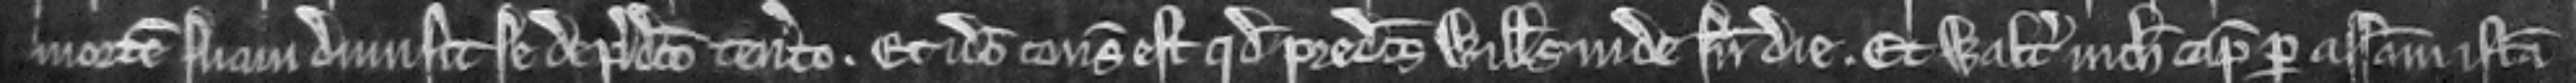
mortem suam dimisit se de predicto tenemento. Et ideo consideratum est quod predictus Willelmus inde sine die. Et Walterus nichil capiat per assisam istam